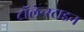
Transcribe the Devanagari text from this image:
टॉलेन्स्टाइन